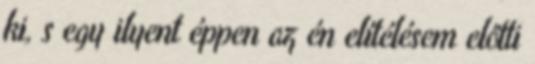
ki, s egy ilyent éppen az én elítélésem előtti